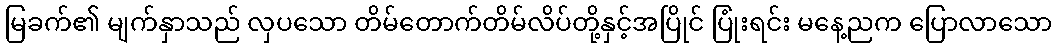
မြခက်၏ မျက်နှာသည် လှပသော တိမ်တောက်တိမ်လိပ်တို့နှင့်အပြိုင် ပြုံးရင်း မနေ့ညက ပြောလာသော